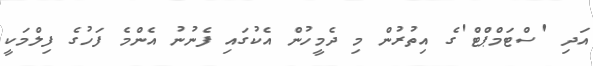
އަދި 'ސްޓަމްޕްޓް'ގެ އިތުރުން މި ދެމީހުން އެކުގައި ފެނުނު އެންމެ ފަހުގެ ފިލްމަކީ